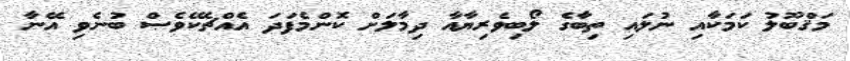
މަޤްބޫލު ކަމަކާއި ނުލައި ތިބާގެ ލޯބިވެރިޔާއާ ދިމާލަށް ކޮންމެފަދަ އެއްޗެކޭވެސް ބުނެވި އޭނާ